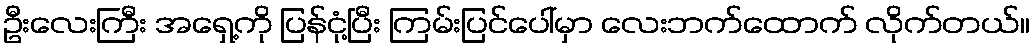
ဦးလေးကြီး အရှေ့ကို ပြန်ငုံ့ပြီး ကြမ်းပြင်ပေါ်မှာ လေးဘက်ထောက် လိုက်တယ်။